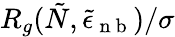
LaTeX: R_{g}(\tilde{N},\tilde{\epsilon}_{\mathrm{~n~b~}})/\sigma